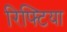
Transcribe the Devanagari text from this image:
रिफ्टिया